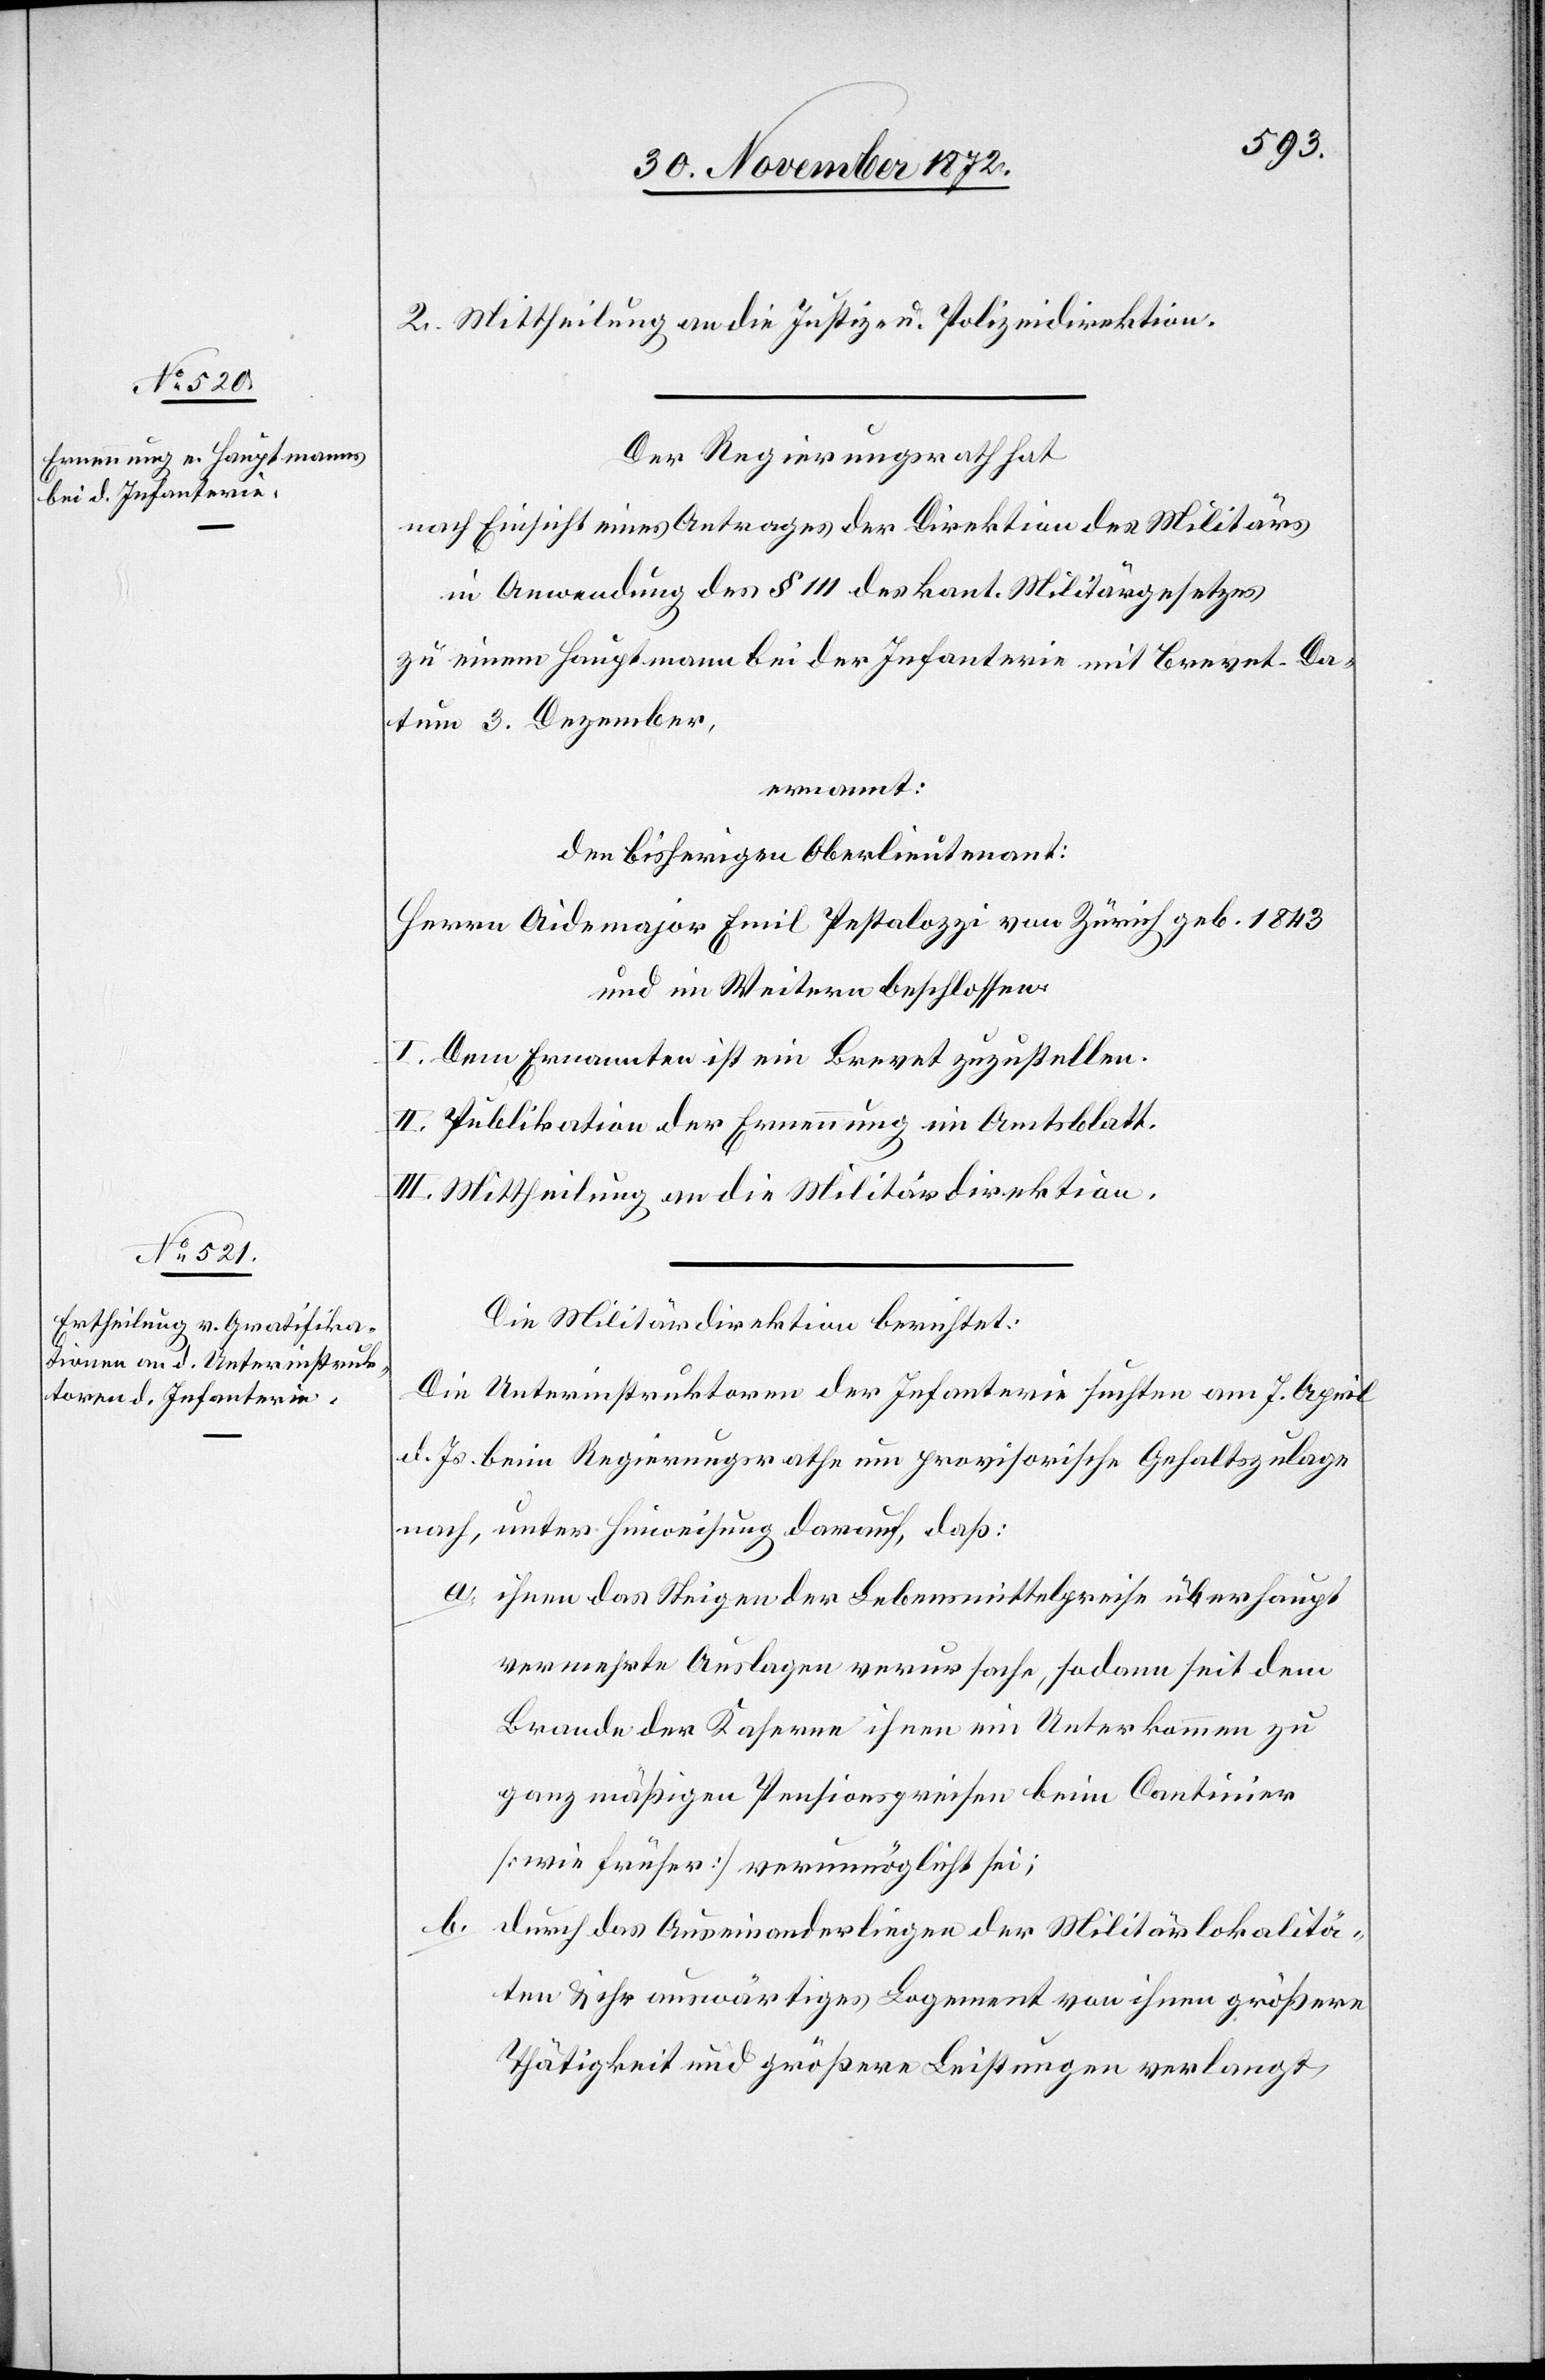
2. Mittheilung an die Justiz- u. Polizeidirektion.
Der Regierungsrath hat
nach Einsicht eines Antrages der Direktion des Militärs
in Anwendung des § 111 des kant. Militärgesetzes
zu einem Hauptmann bei der Infanterie mit Brevet Da¬
tum 3. Dezember,
ernannt:
den bisherigen Oberlieutenant:
Herrn Aidemajor Emil Pestalozzi von Zürich geb. 1843
und im Weitern beschlossen:
I. Dem Ernannten ist ein Brevet zuzustellen.
II. Publikation der Ernennung im Amtsblatt.
III. Mittheilung an die Militärdirektion.
Die Militärdirektion berichtet:
Die Unterinstruktoren der Infanterie suchten am 7. April
d. Js. beim Regierungsrathe um provisorische Gehaltszulage
nach, unter Hinweisung darauf, daß:
a. ihnen das Steigen der Lebensmittelpreise überhaupt
vermehrte Auslagen verursache, sodann seit dem
Brande der Kaserne ihnen ein Unterkommen zu
ganz mäßigen Pensionspreisen beim Cantinier
[wie früher] verunmöglicht sei;
b. durch das Auseinanderliegen der Militärlokalitä¬
ten u. ihr auswärtiges Logement von ihnen größere
Thätigkeit und größere Leistungen verlangt,